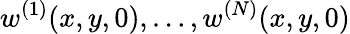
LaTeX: w^{(1)}(x,y,0),\dots,w^{(N)}(x,y,0)